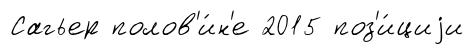
Сагьер полов'и́н'е 2015 поз'и́циjи